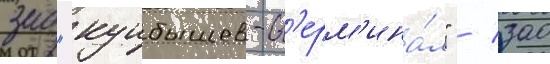
зао "куибышев-т'ерм'ина́л" / зао